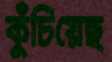
কুঁচিয়েছ